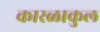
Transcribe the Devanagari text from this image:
कारळाकुल